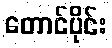
တောင်ပိုင်း